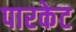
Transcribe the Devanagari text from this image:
पारकेट